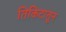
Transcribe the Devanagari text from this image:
तिकिटातून